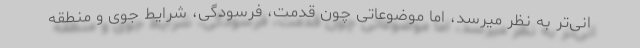
انی‌تر به نظر میرسد، اما موضوعاتی چون قدمت، فرسودگی، شرایط جوی و منطقه